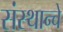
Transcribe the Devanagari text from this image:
संस्थान्चे